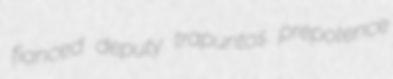
fianced deputy trapuntos prepotence